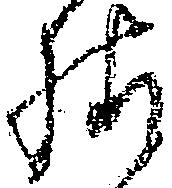
様